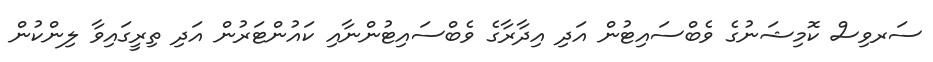
ސަރވިސް ކޮމިޝަނުގެ ވެބްސައިޓުން އަދި އިދާރާގެ ވެބްސައިޓުންނާއި ކައުންޓަރުން އަދި ތިރީގައިވާ ލިންކުން